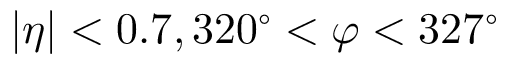
| \eta | < 0 . 7 , 3 2 0 ^ { \circ } < \varphi < 3 2 7 ^ { \circ }